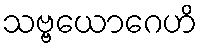
သဗ္ဗယောဂေဟိ